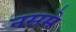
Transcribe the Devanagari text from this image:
नसमे